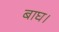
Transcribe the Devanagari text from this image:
बाघ।